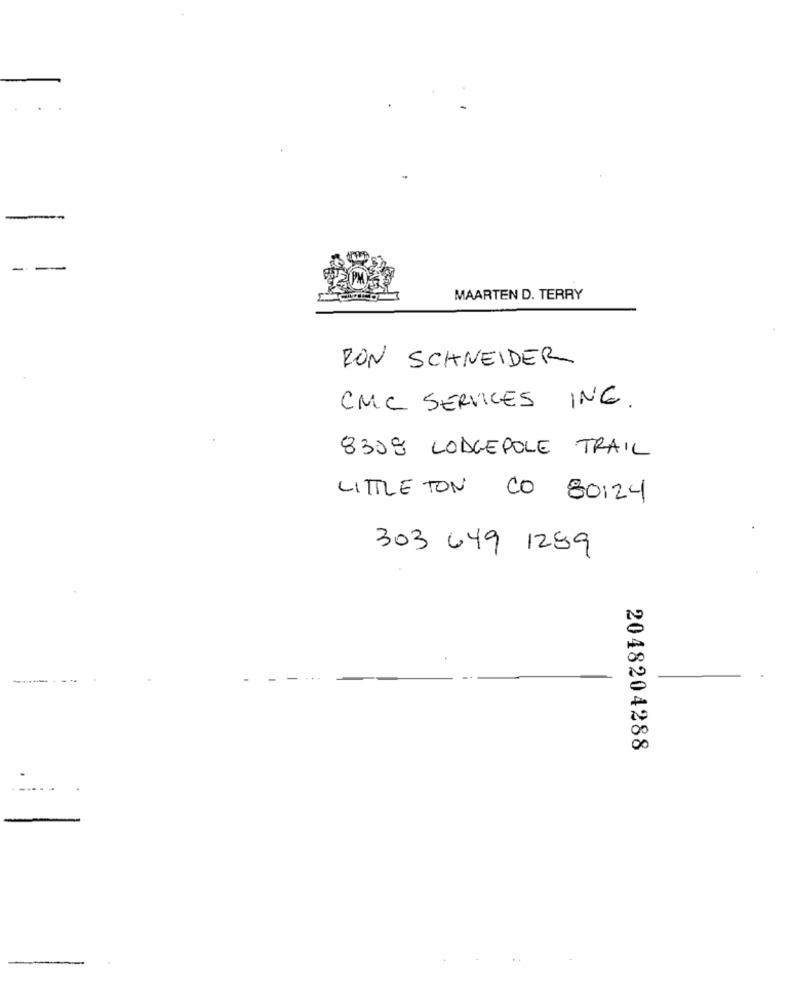
MAARTEN D. TERRY
RON SCHNEIDER
CMC SERVICES INC.
8308 LODGEPOLE TRAIL
LITTLE TON CO 80124
303 649 1289
2048204288